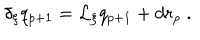
LaTeX: \delta _ { \xi } q _ { p + 1 } = \mathcal { L } _ { \xi } q _ { p + 1 } + d r _ { p } \ .